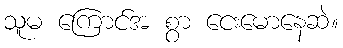
သူမ ကြောင်အ စွာ ငေးမောနေဆဲ။